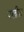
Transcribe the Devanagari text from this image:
क्लीज़